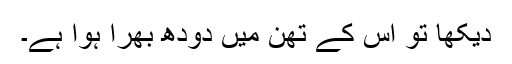
دیکھا تو اس کے تھن میں دودھ بھرا ہوا ہے۔